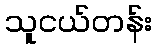
သူငယ်တန်း